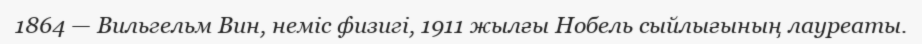
1864 — Вильгельм Вин, неміс физигі, 1911 жылғы Нобель сыйлығының лауреаты.